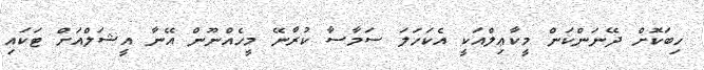
ހިބަކޮށް ދޭނަންކަން މީކާޢިލްއަކީ އެކަހަލަ ސަމާސާ ކުރާނޭ މީހެއްނޫން އޭނާ އީޝަލްއަށް ޓަކައި